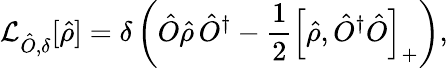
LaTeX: \mathcal{L}_{\hat{O},\delta}[\hat{\rho}]=\delta\left(\hat{O}\hat{\rho}\, \hat{O}^{\dagger}-\frac{1}{2}\left[\hat{\rho},\hat{O}^{\dagger}\hat{O}\right]_{+}\right),